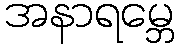
အနာရမ္ဘေ